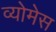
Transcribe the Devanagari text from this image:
व्योमेस